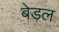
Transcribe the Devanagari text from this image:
बेड़ल